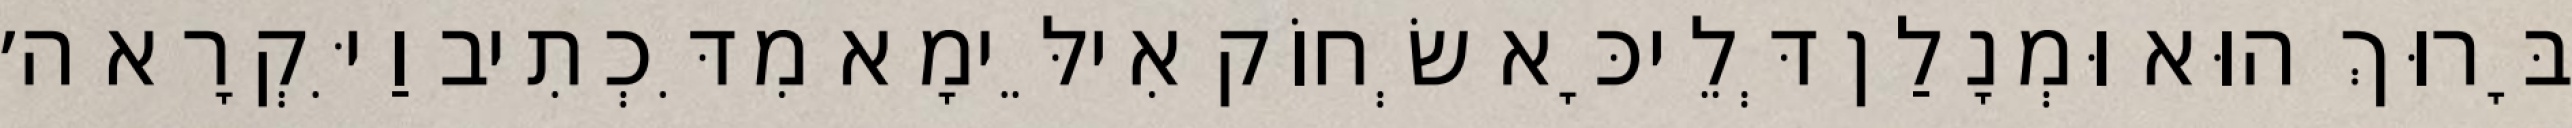
בָּרוּךְ הוּא וּמְנָלַן דְּלֵיכָּא שְׂחוֹק אִילֵּימָא מִדִּכְתִיב וַיִּקְרָא ה׳